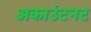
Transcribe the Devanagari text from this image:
अकाउंटनट